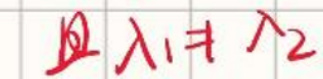
且$\lambda \uparrow ^2$